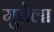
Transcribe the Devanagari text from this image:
मुत्तेला